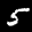
Label: 5